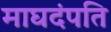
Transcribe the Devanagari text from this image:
माघदंपति